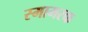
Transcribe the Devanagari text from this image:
स्मामरक